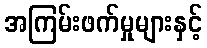
အကြမ်းဖက်မှုများနှင့်